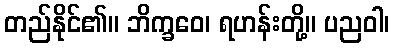
တည်နိုင်၏။ ဘိက္ခဝေ၊ ရဟန်းတို့။ ပညဝါ၊